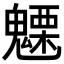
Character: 𮫦